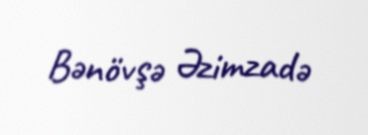
Bənövşə Əzimzadə